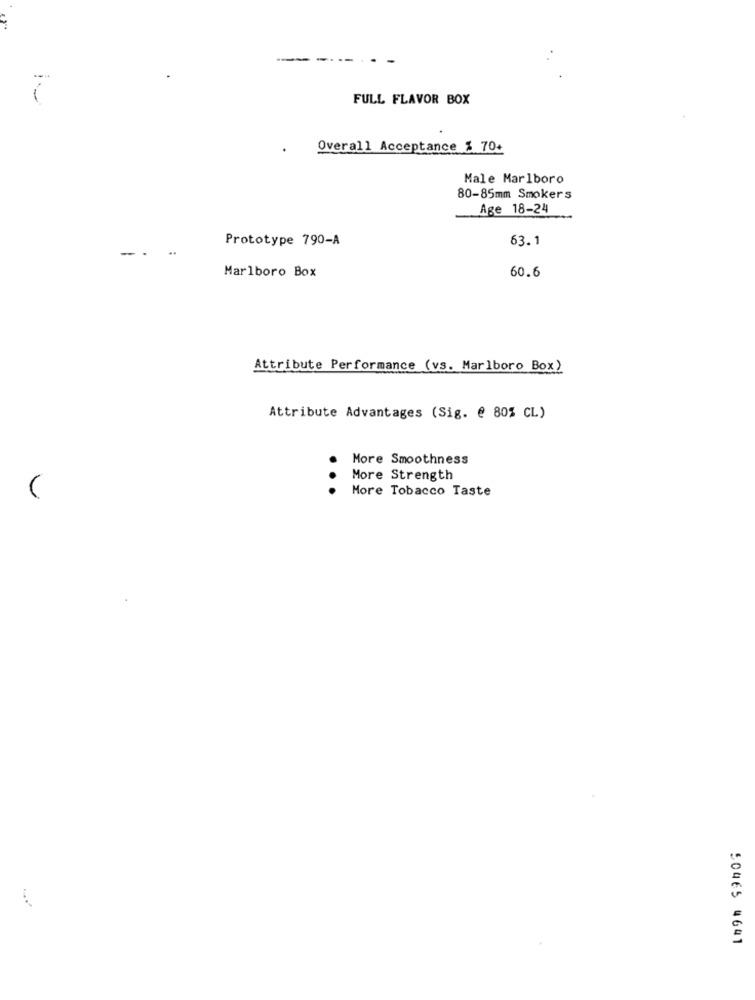
----
FULL FLAVOR BOX
Overall Acceptance % 70+
Male Marlboro
80-85mm Smokers
Age 18-24
Prototype 790-A
63.1
-.
Marlboro Box
60.6
Attribute Performance (vs. Marlboro Box)
Attribute Advantages (Sig. @ 80% CL)
More Smoothness
More Strength
More Tobacco Taste
50465 4641